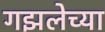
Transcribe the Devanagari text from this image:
गझलेच्या